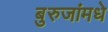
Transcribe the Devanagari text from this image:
बुरुजांमधे